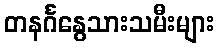
တနင်္ဂနွေသားသမီးများ